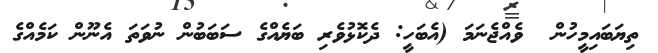
ތިޔަބައިމީހުން  ވެއްޖެނަމަ (އެބަހީ: ދެކޮޅުވެރި ބަޔެއްގެ ސަބަބުން ނުވަތަ އެނޫން ކަމެއްގެ